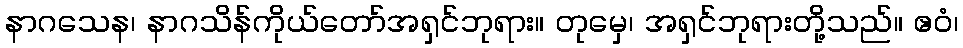
နာဂသေန၊ နာဂသိန်ကိုယ်တော်အရှင်ဘုရား။ တုမှေ၊ အရှင်ဘုရားတို့သည်။ ဧဝံ၊